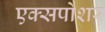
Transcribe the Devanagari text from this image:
एक्सपोशर